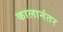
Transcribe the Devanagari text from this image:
कालानंतर